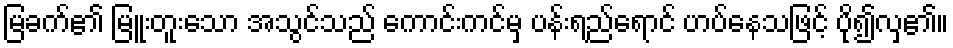
မြခက်၏ မြူးတူးသော အသွင်သည် ကောင်းကင်မှ ပန်းရည်ရောင် ဟပ်နေသဖြင့် ပို၍လှ၏။